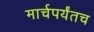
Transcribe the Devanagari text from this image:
मार्चपर्यंतच